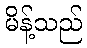
မိန့်သည်